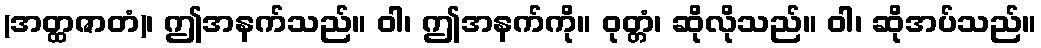
(အတ္ထဇာတံ)၊ ဤအနက်သည်။ ဝါ၊ ဤအနက်ကို။ ဝုတ္တံ၊ ဆိုလိုသည်။ ဝါ၊ ဆိုအပ်သည်။